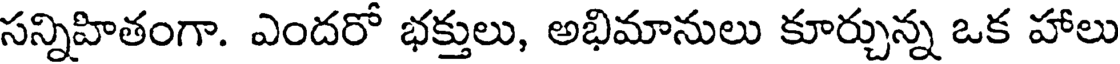
సన్నిహితంగా. ఎందరో భక్తులు, అభిమానులు కూర్చున్న ఒక హాలు